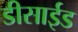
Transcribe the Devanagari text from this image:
डीसाईड